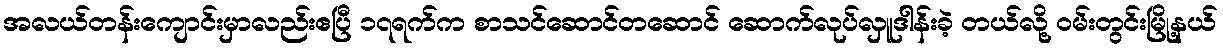
အလယ်တန်းကျောင်းမှာလည်းဧပြီ ၁၇ရက်က စာသင်ဆောင်တဆောင် ဆောက်လုပ်လှူဒါန်းခဲ့ တယ်လို့ ဝမ်းတွင်းမြို့နယ်